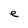
Character: e